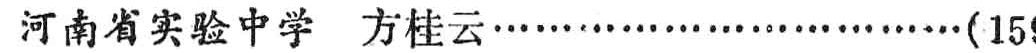
河南省实验中学 方桂云\ldots\ldots\ldots\ldots\ldots\ldots\ldots\ldots\ldots(15)